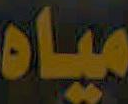
مياه